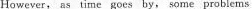
However，as time goes by， some problems